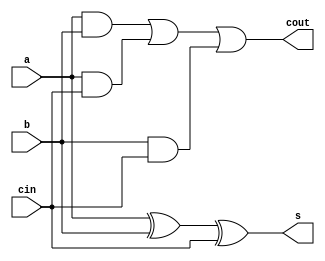
`timescale 1ns / 1ps
//////////////////////////////////////////////////////////////////////////////////
// Lauren Chambers for learning-LogicDesign
// 
// Module Name: full_adder
// Description: A full adder sums 3 input bits and outputs the result sum and carryout bits.
// 
// Dependencies: none
//////////////////////////////////////////////////////////////////////////////////

module full_adder(
    
    // declare inputs and outputs for full adder
    input a,
    input b,
    input cin,
    output s,
    output cout
    );
 
    // sum is 1 if there is an odd # of 1s as input (1 or 3)
    assign s = a ^ b ^ cin;
    // carryout is 1 if the sum is 2 or 3
    assign cout = (a & b) | (a & cin) | (b & cin); 
    
endmodule